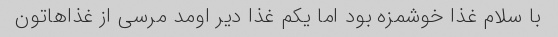
با سلام غذا خوشمزه بود اما یکم غذا دیر اومد مرسی از غذاهاتون